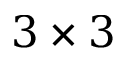
3 \times 3